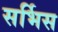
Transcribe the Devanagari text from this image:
सर्भिस